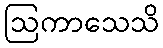
ဩကာသေသိ